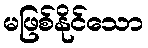
မဖြစ်နိုင်သော